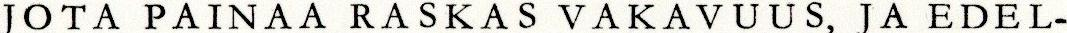
JOTA PAINAA RASKASVAKAVUUS, JA EDEL-